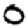
Digit: 0